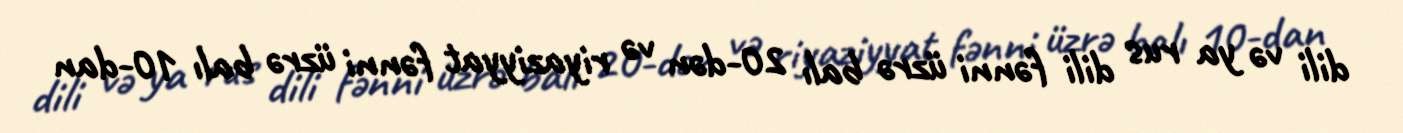
dili və ya rus dili fənni üzrə balı 20-dən və riyaziyyat fənni üzrə balı 10-dan